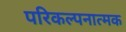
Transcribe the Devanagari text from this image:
परिकल्‍पनात्‍मक